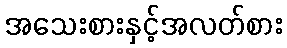
အသေးစားနှင့်အလတ်စား